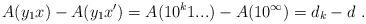
LaTeX: \begin{align*}A(y_1x) - A(y_1x') = A(10^k1...) - A(10^\infty) = d_k - d \ .\end{align*}